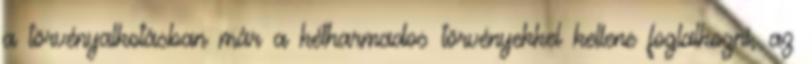
a törvényalkotásban már a kétharmados törvényekkel kellene foglalkozni, az